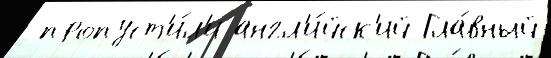
 пропуст'и́л'и англ'и́йск'ий Гла́вный